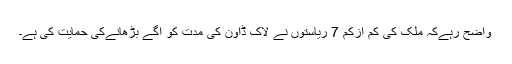
واضح رہےکہ ملک کی کم ازکم 7 ریاستوں نے لاک ڈاون کی مدت کو آگے بڑھانےکی حمایت کی ہے۔